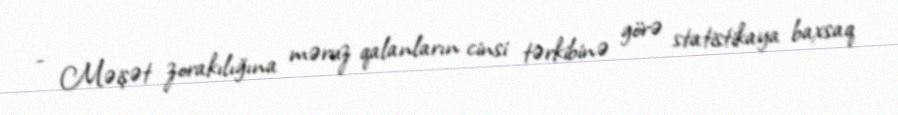
- Məişət zorakılığına məruz qalanların cinsi tərkibinə görə statistikaya baxsaq